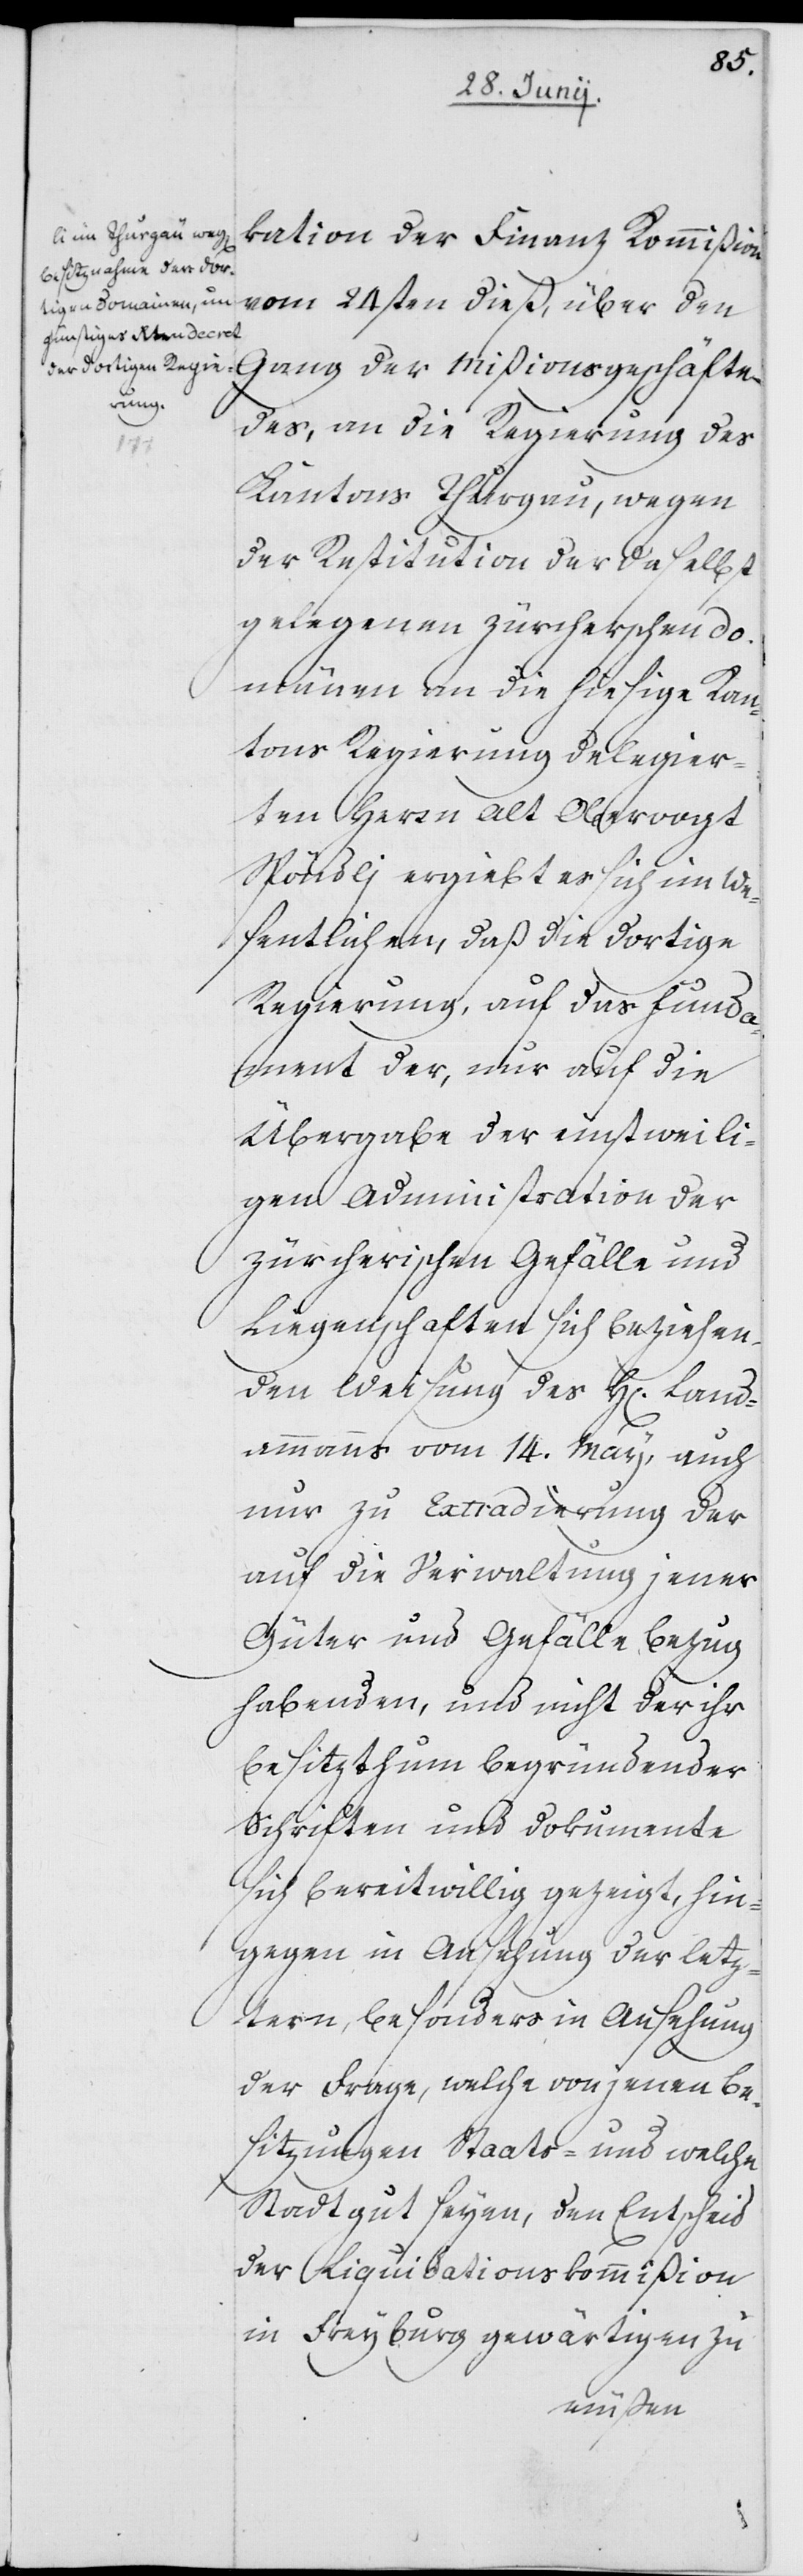
kation der Finanz Kommißion
vom 24sten dieß, über den
Gang der Mißionsgeschäfte
des, an die Regierung des
Kantons Thurgau, wegen
der Restitution der daselbst
gelegenen zürcherschen Do¬
mänen an die hiesige Kan¬
tons Regierung delegier¬
ten Herrn Alt Obervogt
Spöndli ergiebt es sich im We¬
sentlichen, daß die dortige
Regierung, auf das Fund¬
ament der, nur auf die
Übergabe der einstweili¬
gen Administration der
zürcherischen Gefälle und
Liegenschaften sich beziehen¬
den Weisung des H[errn] Land¬
amanns vom 14. May, auch
nur zu Extradierung der
auf die Verwaltung jener
Güter und Gefälle Bezug
habenden, und nicht der ihr
Besizthum begründender
Schriften und Dokumente
sich bereitwillig gezeigt, hin¬
gegen in Ansehung der letz¬
tern, besonders in Ansehung
der Frage, welche von jenen Be¬
sizungen Staats- und welche
Stadtgut seyen, den Entscheid
der Liquidationskommißion
in Freyburg gewärtigen zu